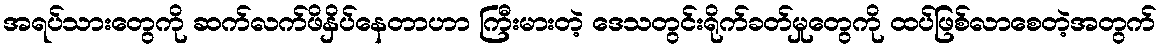
အရပ်သားတွေကို ဆက်လက်ဖိနှိပ်နေတာဟာ ကြီးမားတဲ့ ဒေသတွင်းရိုက်ခတ်မှုတွေကို ထပ်ဖြစ်လာစေတဲ့အတွက်